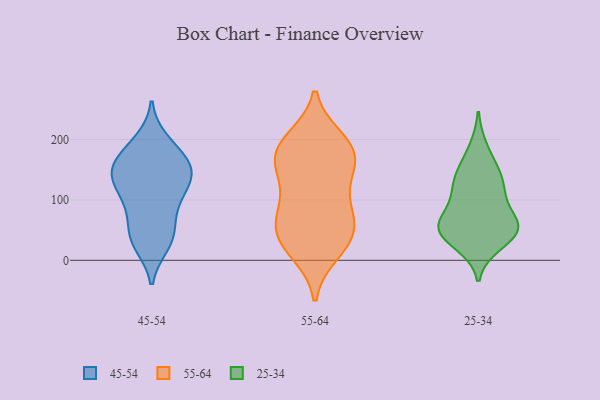
{"axis": {"x": "Net Income (USD K)", "y": "Value"}, "legend": ["25-34", "45-54", "55-64"], "data": [{"x": "", "y": 33, "type": "45-54"}, {"x": "", "y": 41, "type": "45-54"}, {"x": "", "y": 185, "type": "45-54"}, {"x": "", "y": 154, "type": "45-54"}, {"x": "", "y": 197, "type": "45-54"}, {"x": "", "y": 133, "type": "45-54"}, {"x": "", "y": 134, "type": "45-54"}, {"x": "", "y": 89, "type": "45-54"}, {"x": "", "y": 153, "type": "45-54"}, {"x": "", "y": 102, "type": "45-54"}, {"x": "", "y": 85, "type": "45-54"}, {"x": "", "y": 126, "type": "45-54"}, {"x": "", "y": 176, "type": "45-54"}, {"x": "", "y": 149, "type": "45-54"}, {"x": "", "y": 149, "type": "45-54"}, {"x": "", "y": 27, "type": "45-54"}, {"x": "", "y": 42, "type": "45-54"}, {"x": "", "y": 135, "type": "55-64"}, {"x": "", "y": 162, "type": "55-64"}, {"x": "", "y": 81, "type": "55-64"}, {"x": "", "y": 14, "type": "55-64"}, {"x": "", "y": 199, "type": "55-64"}, {"x": "", "y": 135, "type": "55-64"}, {"x": "", "y": 42, "type": "55-64"}, {"x": "", "y": 180, "type": "55-64"}, {"x": "", "y": 188, "type": "55-64"}, {"x": "", "y": 71, "type": "55-64"}, {"x": "", "y": 34, "type": "55-64"}, {"x": "", "y": 56, "type": "55-64"}, {"x": "", "y": 85, "type": "55-64"}, {"x": "", "y": 169, "type": "55-64"}, {"x": "", "y": 190, "type": "55-64"}, {"x": "", "y": 25, "type": "55-64"}, {"x": "", "y": 49, "type": "25-34"}, {"x": "", "y": 58, "type": "25-34"}, {"x": "", "y": 62, "type": "25-34"}, {"x": "", "y": 149, "type": "25-34"}, {"x": "", "y": 49, "type": "25-34"}, {"x": "", "y": 117, "type": "25-34"}, {"x": "", "y": 65, "type": "25-34"}, {"x": "", "y": 143, "type": "25-34"}, {"x": "", "y": 38, "type": "25-34"}, {"x": "", "y": 122, "type": "25-34"}, {"x": "", "y": 27, "type": "25-34"}, {"x": "", "y": 57, "type": "25-34"}, {"x": "", "y": 185, "type": "25-34"}, {"x": "", "y": 105, "type": "25-34"}]}